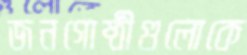
জনগোষ্ঠীগুলোকে